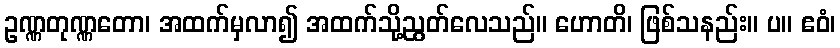
ဥဏ္ဏတုဏ္ဏတော၊ အထက်မှလာ၍ အထက်သို့ညွတ်လေသည်။ ဟောတိ၊ ဖြစ်သနည်း။ ပ။ ဧဝံ၊